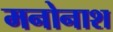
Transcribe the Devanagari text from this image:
मनोनाश